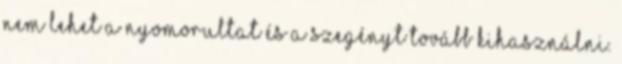
Nem lehet a nyomorultat és a szegényt tovább kihasználni.